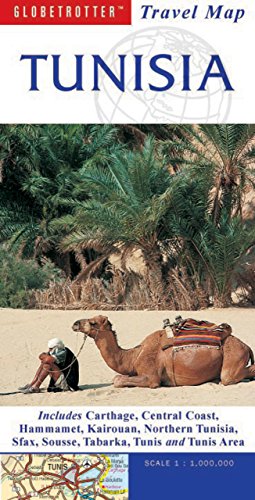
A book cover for Travel Map Tunisia (Globetrotter Travel Map); Globetrotter; Travel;